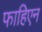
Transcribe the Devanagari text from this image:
फाहिएन